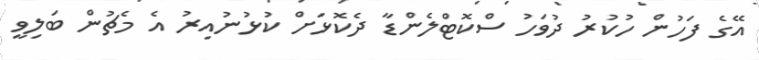
އޭގެ ފަހުން ހުކުރު ދުވަހު ސްކޮޓްލެންޑާ ދެކޮޅަށް ކުޅުނުއިރު އެ މެޗުން ބަލިވީ